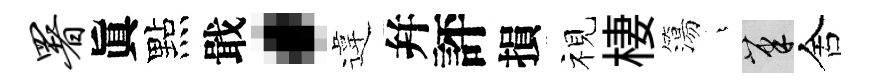
署眞點戢·違幷評損视棲簜燁筆舍